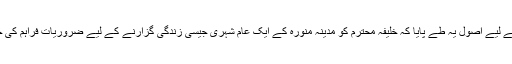
اس کے لیے اصول یہ طے پایا کہ خلیفہ محترم کو مدینہ منورہ کے ایک عام شہری جیسی زندگی گزارنے کے لیے ضروریات فراہم کی جائیں۔